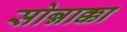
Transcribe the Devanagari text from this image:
सोन्नाक्का